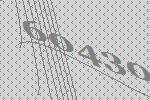
60430